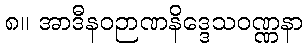
၈။ အာဒီနဝဉာဏနိဒ္ဒေသဝဏ္ဏနာ